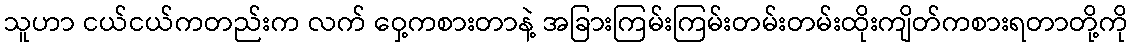
သူဟာ ငယ်ငယ်ကတည်းက လက် ဝှေ့ကစားတာနဲ့ အခြားကြမ်းကြမ်းတမ်းတမ်းထိုးကျိတ်ကစားရတာတို့ကို